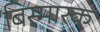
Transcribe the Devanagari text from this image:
बिस्मारक